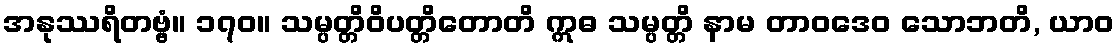
အနုဿရိတဗ္ဗံ။ ၁၇၀။ သမ္ပတ္တိဝိပတ္တိတောတိ ဣဓ သမ္ပတ္တိ နာမ တာဝဒေဝ သောဘတိ, ယာဝ